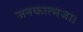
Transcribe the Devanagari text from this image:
जनकात्मजा।